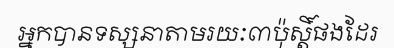
អ្នកបានទស្សនាតាមរយៈ៣ប៉ុស្តិ៍ផងដែរ